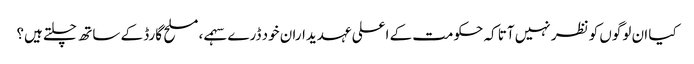
کیا ان لوگوں کو نظر نہیں آتا کہ حکومت کے اعلی عہدیداران خود ڈرے سہمے، مسلح گارڈ کے ساتھ چلتے ہیں؟